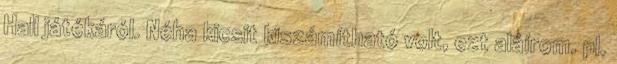
Hall játékáról. Néha kicsit kiszámítható volt, ezt aláírom. pl.